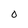
Character: O